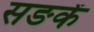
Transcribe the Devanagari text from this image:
सङकें